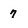
Character: 7